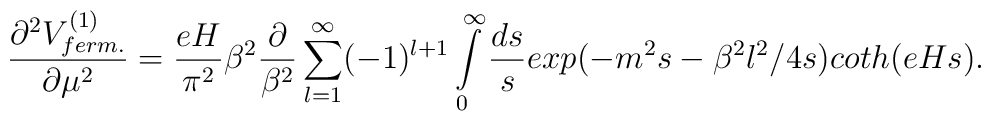
\frac{\partial^2 V^{(1)}_{ferm.}}{\partial \mu^2}=\frac{eH}{\pi^2}\beta^2 \frac{\partial}{\beta^2}\sum\limits_{l=1}^{\infty}(-1)^{l+1}\int\limits_{0}^{\infty} \frac{ds}{s} exp(-m^2s -\beta^2 l^2/4s)coth(eHs).